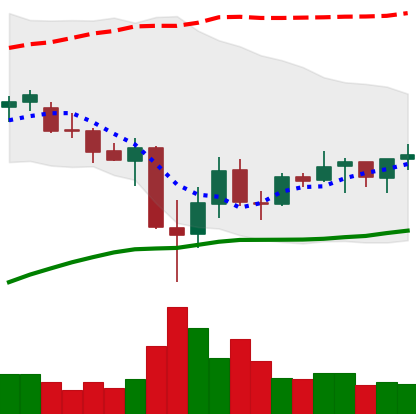
Ticker: ADA-USD
Chart end date: 2021-07-03
Forward return: -5.451%
Label: down_5_7